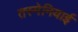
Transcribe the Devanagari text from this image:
तस्मेनियाई